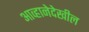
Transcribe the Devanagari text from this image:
आव्हानेदेखील